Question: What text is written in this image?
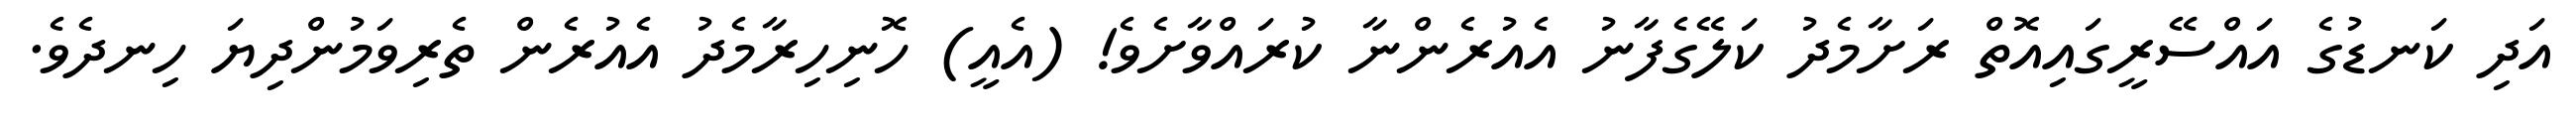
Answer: އަދި ކަނޑުގެ އައްސޭރީގައިއޮތް ރަށާމެދު ކަލޭގެފާނު އެއުރެންނާ ކުރައްވާށެވެ! (އެއީ) ހޮނިހިރާމެދު އެއުރެން ތެރިވަމުންދިޔަ ހިނދެވެ.